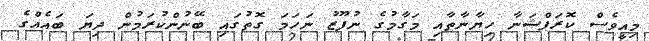
މިއީވެސް ކޮރަޕްޝަނާ ހިޔާނާތާއި މަގާމުގެ ނުފޫޒު ނަހަމަ ގޮތުގައި ބޭނުންކުރަމުން ދިޔަ ބައެއްގެ